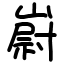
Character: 嶎